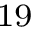
^ { 1 9 }